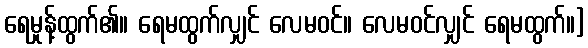
ရေမှုန့်ထွက်၏။ ရေမထွက်လျှင် လေမဝင်။ လေမဝင်လျှင် ရေမထွက်။]